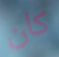
كان